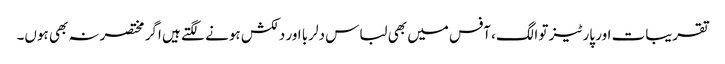
تقریبات اور پارٹیز تو الگ، آفس میں بھی لباس دلربا اور دلکش ہونے لگتے ہیں اگر مختصرنہ بھی ہوں۔